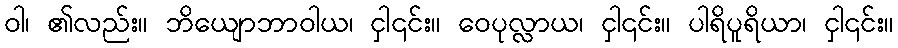
ဝါ၊ ၏လည်း။ ဘိယျောဘာဝါယ၊ ငှါ၎င်း။ ဝေပုလ္လာယ၊ ငှါ၎င်း။ ပါရိပူရိယာ၊ ငှါ၎င်း။